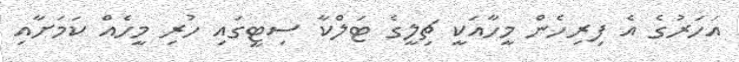
އަހަރުގެ އެ ފިރިހެން މީހާއަކީ ޗިލީގެ ޓަލްކާ ސިޓީގައި ހުރި މީހެއް ކަމަށާއި